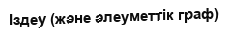
Іздеу (және әлеуметтік граф)